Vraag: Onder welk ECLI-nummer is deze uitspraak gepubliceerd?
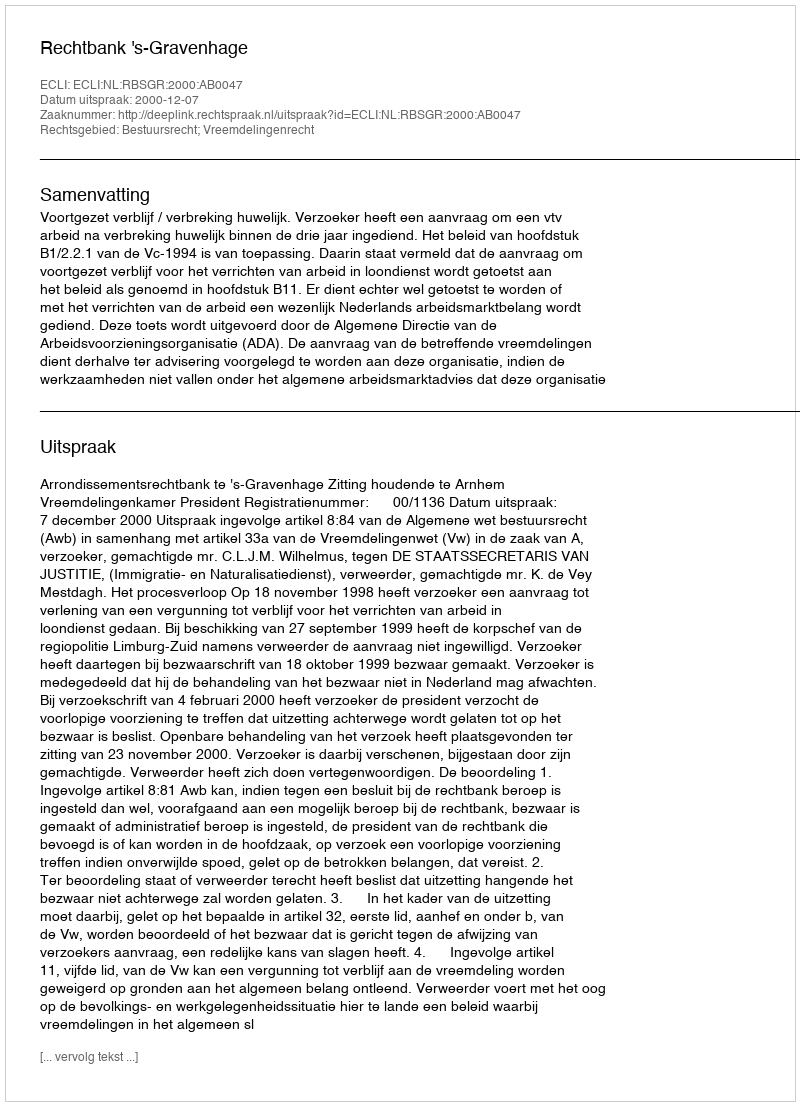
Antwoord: ECLI:NL:RBSGR:2000:AB0047